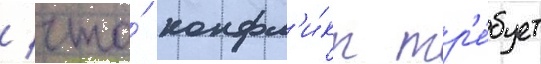
/ что́ конфл'и́кт тр'е́бует